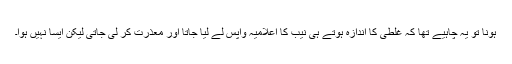
ہونا تو یہ چاہیے تھا کہ غلطی کا اندازہ ہوتے ہی نیب کا اعلامیہ واپس لے لیا جاتا اور معذرت کر لی جاتی لیکن ایسا نہیں ہوا۔